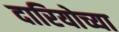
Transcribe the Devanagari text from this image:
दारियोच्या